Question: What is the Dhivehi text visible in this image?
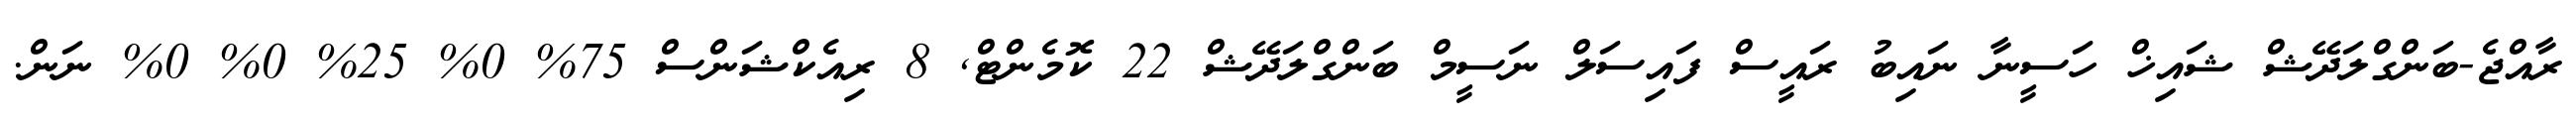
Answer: ރާއްޖެ-ބަންގްލަދޭޝް ޝައިޚް ހަސީނާ ނައިބު ރައީސް ފައިސަލް ނަސީމް ބަންގްލަދޭޝް 22 ކޮމެންޓް, 8 ރިއެކްޝަންސް 75% 0% 25% 0% 0% ނަން.